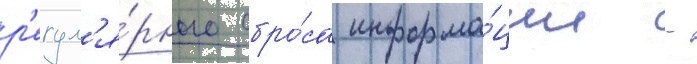
р'егул'я́рного сбро́са информа́ции -